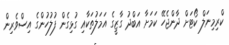
ކްރިމިނަލް ކޯޓަށް ދާންޖެހޭ ކަމަށާ އަބްދު ގާޒީގެ އަމަލުތަކާއި ގުޅިގެން ފުލުހުންގެ އިސްވެރިން